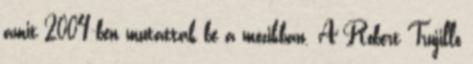
amit 2004-ben mutattak be a mozikban. A Robert Trujillo